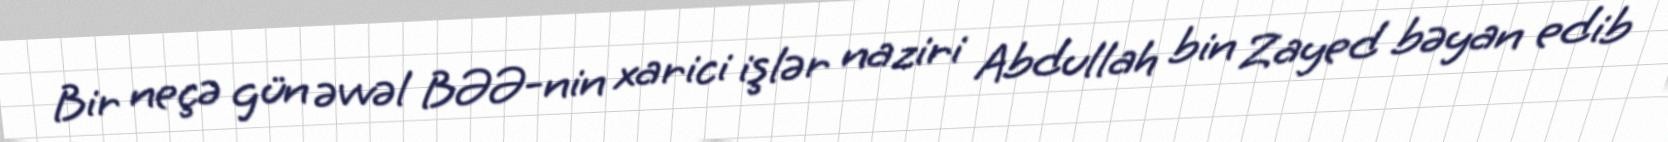
Bir neçə gün əvvəl BƏƏ-nin xarici işlər naziri Abdullah bin Zayed bəyan edib